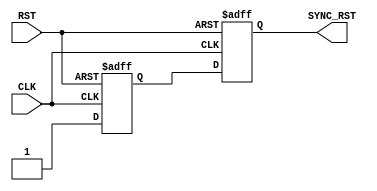

/////////////////////////////////////////////////////////////
/////////////////////// Clock Gating ////////////////////////
/////////////////////////////////////////////////////////////

module RST_SYNC (
input    wire     RST,
input    wire     CLK,
output   wire     SYNC_RST
);

//internal connections
reg     meta_flop ,
        sync_flop ;

//double flop synchronizer
always @(posedge CLK or negedge RST)
 begin
  if(!RST)      // active low
   begin
    meta_flop <= 1'b0 ;
    sync_flop <= 1'b0 ;	
   end
  else
   begin
    meta_flop <= 1'b1 ;
    sync_flop <= meta_flop ;
   end  
 end
 
 
assign  SYNC_RST = sync_flop ;



endmodule